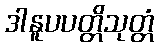
ဒါနူပပတ္တိသုတ္တံ